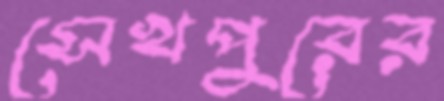
সেখপুরের